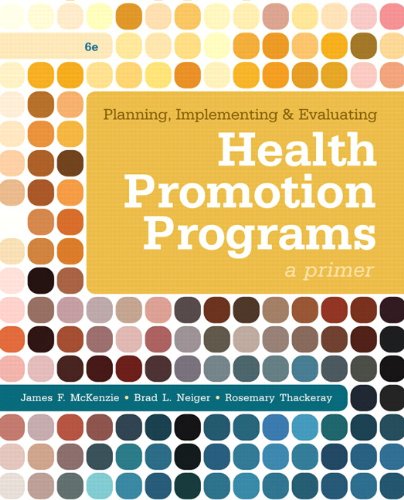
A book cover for Planning, Implementing, & Evaluating Health Promotion Programs: A Primer (6th Edition); James F. McKenzie; Medical Books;